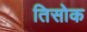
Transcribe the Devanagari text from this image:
तिसोक